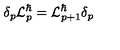
\delta _ { p } { \cal L } _ { p } ^ { \hbar } = { \cal L } _ { p + 1 } ^ { \hbar } \delta _ { p }